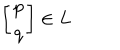
\left[ \begin{array} { c } { { p } } \\ { { q } } \\ \end{array} \right] \in L